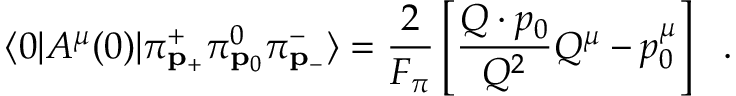
\langle 0 | A ^ { \mu } ( 0 ) | \pi _ { { \bf p } _ { + } } ^ { + } \pi _ { { \bf p } _ { 0 } } ^ { 0 } \pi _ { { \bf p } _ { - } } ^ { - } \rangle = { \frac { 2 } { F _ { \pi } } } \left[ { \frac { Q \cdot p _ { 0 } } { Q ^ { 2 } } } Q ^ { \mu } - p _ { 0 } ^ { \mu } \right] \ \ .